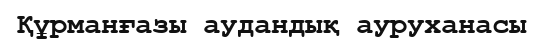
Құрманғазы аудандық ауруханасы